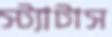
স্ট্যাটাস